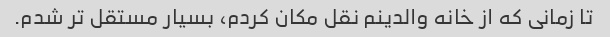
تا زمانی که از خانه والدینم نقل مکان کردم، بسیار مستقل تر شدم.